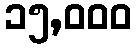
၁၅,၀၀၀